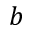
b